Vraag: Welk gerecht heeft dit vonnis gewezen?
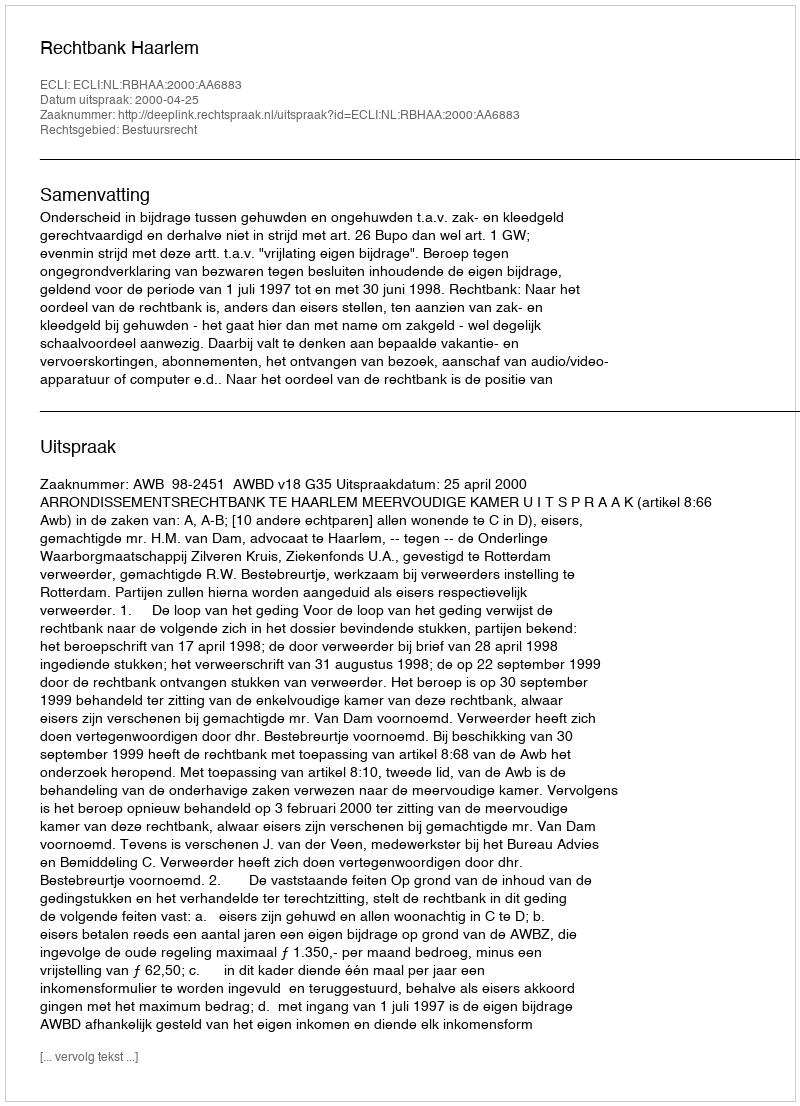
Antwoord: Rechtbank Haarlem